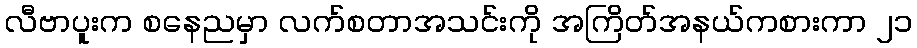
လီဗာပူးက စနေညမှာ လက်စတာအသင်းကို အကြိတ်အနယ်ကစားကာ ၂၁